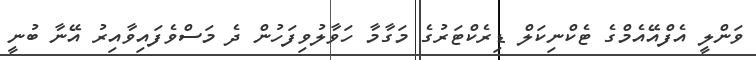
ވަންލީ އެފްއޭއެމްގެ ޓެކްނިކަލް ޑިރެކްޓަރުގެ މަގާމާ ހަވާލުވިފަހުން ދެ މަސްވެފައިވާއިރު އޭނާ ބުނީ